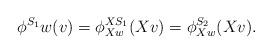
LaTeX: \begin{align*}\phi^{S_1}w(v)=\phi^{XS_1}_{Xw}(Xv)=\phi^{S_2}_{Xw}(Xv).\end{align*}